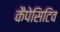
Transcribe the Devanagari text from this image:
कैपेसिटिव